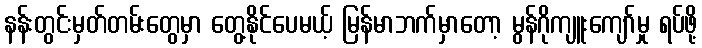
နန်းတွင်းမှတ်တမ်းတွေမှာ တွေ့နိုင်ပေမယ့် မြန်မာဘက်မှာတော့ မွန်ဂိုကျူးကျော်မှု ရပ်ဖို့